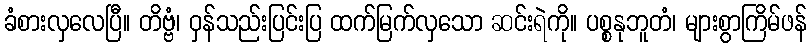
ခံစားလှလေပြီ။ တိဗ္ဗံ၊ ဝှန်သည်းပြင်းပြ ထက်မြက်လှသော ဆင်းရဲကို။ ပစ္စနုဘူတံ၊ များစွာကြိမ်ဖန်